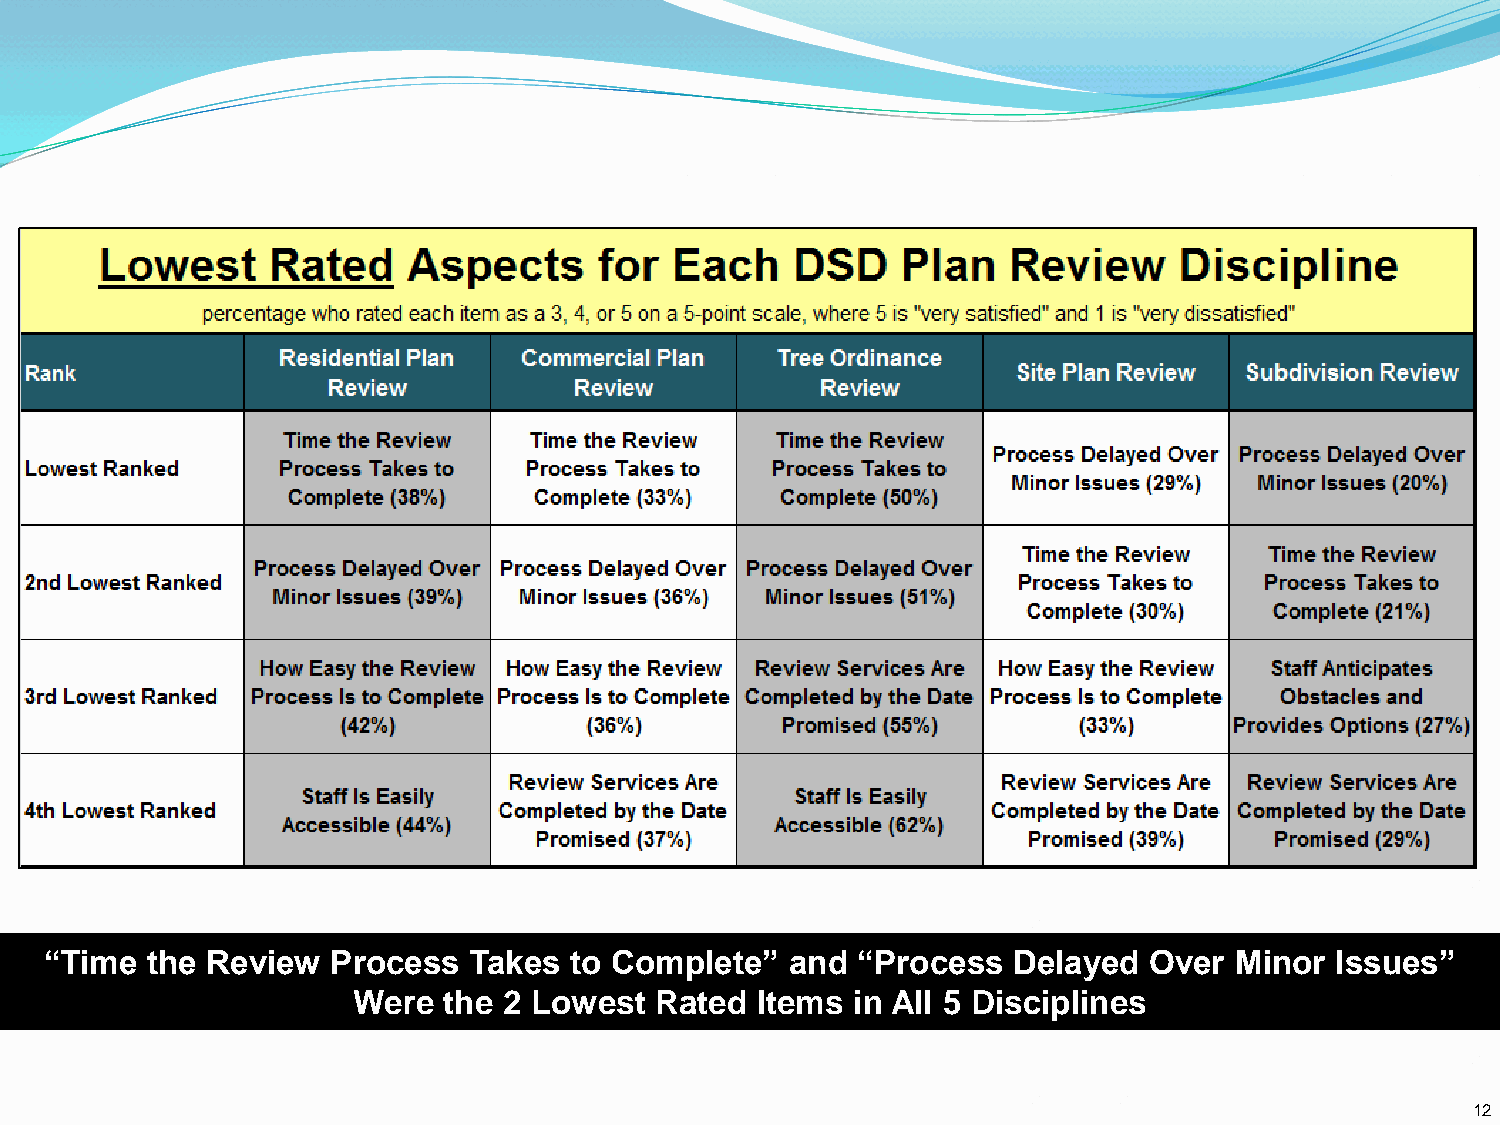
“Time  the Review  Process  Takes  to Complete”  and  “Process  Delayed  Over  Minor Issues”
 Were  the 2 Lowest  Rated  Items in All 5 Disciplines
 12